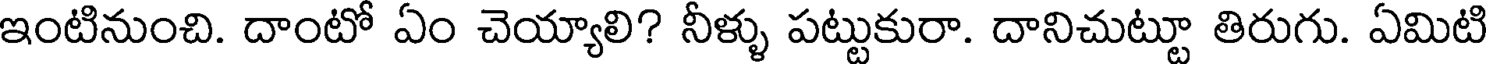
ఇంటినుంచి. దాంటో ఏం చెయ్యాలి? నీళ్ళు పట్టుకురా. దానిచుట్టూ తిరుగు. ఏమిటి